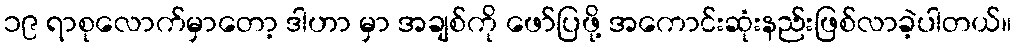
၁၉ ရာစုလောက်မှာတော့ ဒါဟာ မှာ အချစ်ကို ဖော်ပြဖို့ အကောင်းဆုံးနည်းဖြစ်လာခဲ့ပါတယ်။